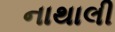
નાથાલી